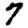
Digit: 7